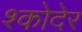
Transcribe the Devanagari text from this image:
श्कोदेर